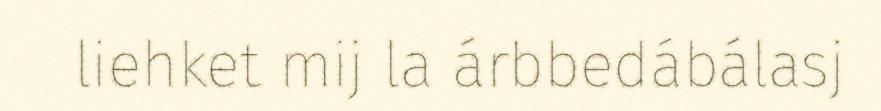
liehket mij la árbbedábálasj